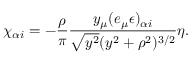
\chi _ { \alpha i } = - \frac { \rho } { \pi } \frac { y _ { \mu } ( e _ { \mu } \epsilon ) _ { \alpha i } } { \sqrt { y ^ { 2 } } ( y ^ { 2 } + \rho ^ { 2 } ) ^ { 3 / 2 } } \eta .